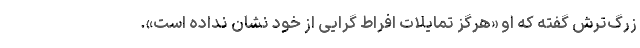
زرگ‌ترش گفته که او «هرگز تمایلات افراط گرایی از خود نشان نداده است».